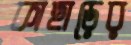
কাছাড়ের